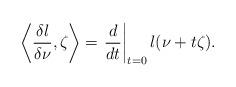
LaTeX: \begin{align*}\left\langle\frac{\delta l}{\delta\nu},\zeta\right\rangle=\left.\frac{d}{dt}\right|_{t=0}l(\nu+t\zeta).\end{align*}